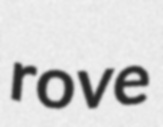
rove